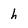
Character: h